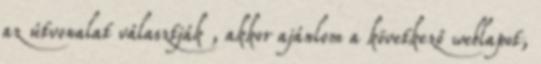
az útvonalat választják , akkor ajánlom a következő weblapot,